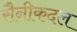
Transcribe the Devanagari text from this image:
सैनीकदल